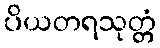
ပိယတရသုတ္တံ